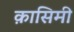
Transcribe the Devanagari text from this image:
क़ासिमी